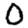
Digit: 0